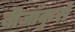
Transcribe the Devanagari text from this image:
बीजाँकुरों